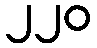
၂၂၀